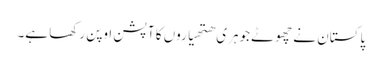
پاکستان نے چھوٹے جوہری ھتھیاروں کا آپشن اوپن رکھا ہے۔